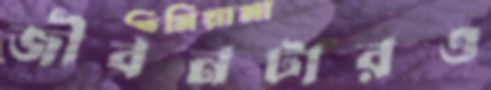
জীবনটারও